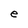
Character: e